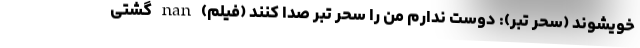
خویشوند (سحر تبر): دوست ندارم من را سحر تبر صدا کنند (فیلم) nan گشتی